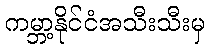
ကမ္ဘာ့နိုင်ငံအသီးသီးမှ